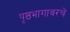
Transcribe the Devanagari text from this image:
पृष्ठभागावरचे